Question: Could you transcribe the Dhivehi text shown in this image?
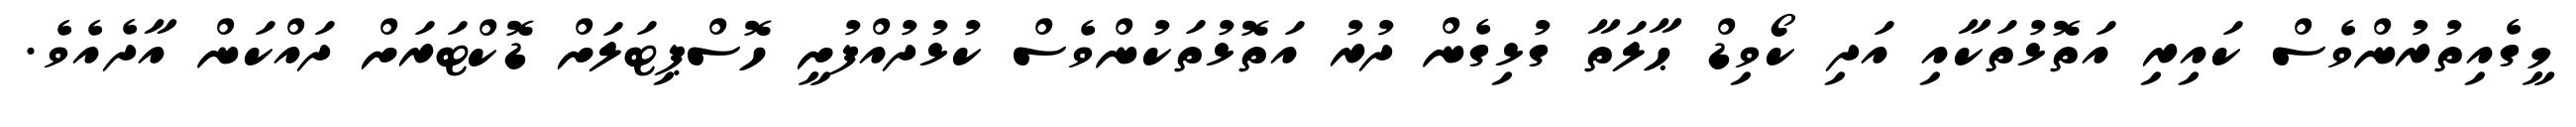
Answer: މީގެއިތުރުންވެސް ކައިރި އަތޮޅުތަކާއި އަދި ކޯވިޑް ޙާލަތާ ގުޅިގެން ދުރު އަތޮޅުތަކުންވެސް ކުޅުދުއްފުށީ ހޮސްޕިޓަލަށް ޑޮކްޓަރަށް ދައްކަން އާދެއެވެ.